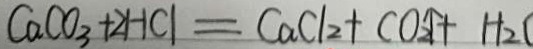
C a C O _ { 3 } + 2 H C l = C a C l _ { 2 } + C O _ { 2 } \uparrow + H _ { 2 }